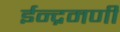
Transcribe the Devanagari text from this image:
ईन्द्रमणी